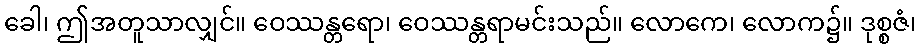
ခေါ၊ ဤအတူသာလျှင်။ ဝေဿန္တရော၊ ဝေဿန္တရာမင်းသည်။ လောကေ၊ လောက၌။ ဒုစ္စဇံ၊